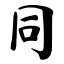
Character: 同